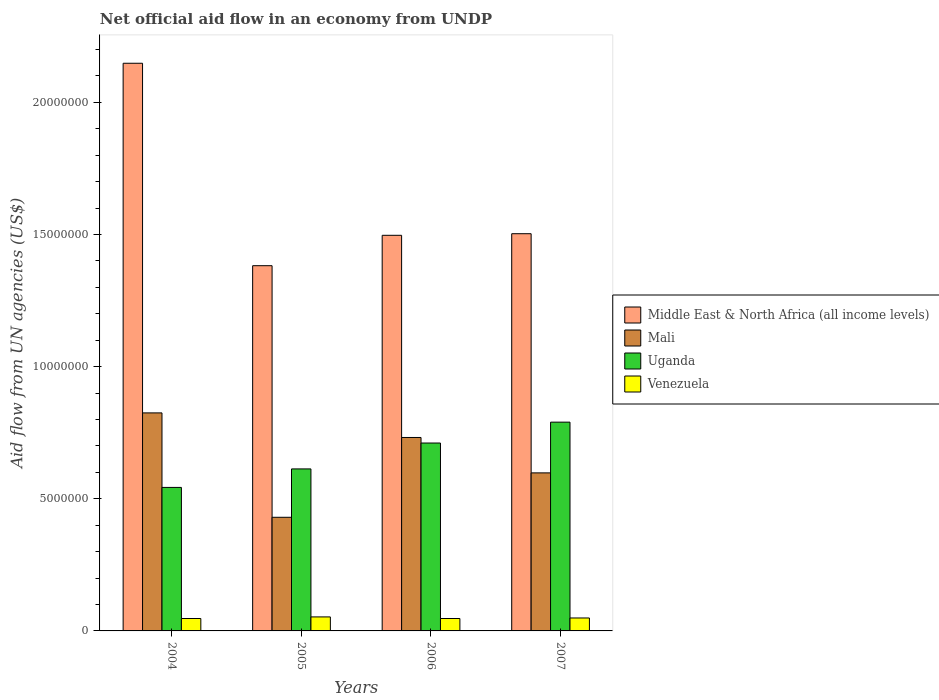
| Years | Middle East & North Africa (all income levels) | Mali | Uganda | Venezuela |
 | --- | --- | --- | --- | --- |
 | 2004 | 2.15e+07 | 8.25e+06 | 5.43e+06 | 4.7e+05 |
 | 2005 | 1.38e+07 | 4.3e+06 | 6.13e+06 | 5.3e+05 |
 | 2006 | 1.5e+07 | 7.32e+06 | 7.11e+06 | 4.7e+05 |
 | 2007 | 1.5e+07 | 5.98e+06 | 7.9e+06 | 4.9e+05 |